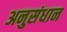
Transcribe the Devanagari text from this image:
अनुसंधान